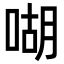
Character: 㗅